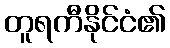
တူရကီနိုင်ငံ၏